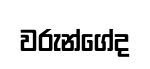
වරුන්ගේද